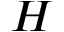
H